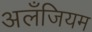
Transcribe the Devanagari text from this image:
अलँजियम